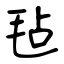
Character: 毡